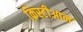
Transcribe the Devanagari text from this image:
क्रिस्टीआन